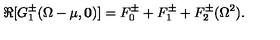
\Re [ G _ { 1 } ^ { \pm } ( \Omega - \mu , { \mathbf 0 } ) ] = F _ { 0 } ^ { \pm } + F _ { 1 } ^ { \pm } + F _ { 2 } ^ { \pm } ( \Omega ^ { 2 } ) .